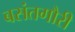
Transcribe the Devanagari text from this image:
बसंतगौरी